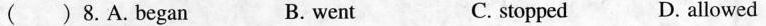
() 8.A.began B. went C. stopped D. allowed